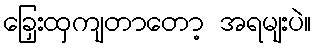
ခြှေးထှကျတာတော့ အရမျးပဲ။